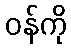
ဝန်ကို